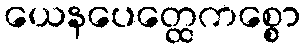
ယေနပေတ္ထေကစ္စော